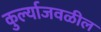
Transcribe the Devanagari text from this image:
कुर्ल्याजवळील